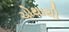
ચોથાથી